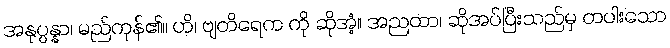
အနုပ္ပန္နာ၊ မည်ကုန်၏။ ဟိ၊ ဗျတိရေက ကို ဆိုအံ့။ အညထာ၊ ဆိုအပ်ပြီးသည်မှ တပါးသော